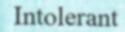
Intolerant